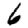
Digit: 6